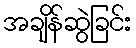
အချိန်ဆွဲခြင်း